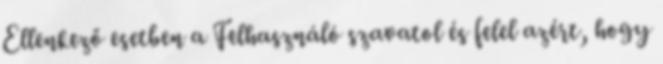
Ellenkező esetben a Felhasználó szavatol és felel azért, hogy